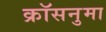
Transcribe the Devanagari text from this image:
क्रॉसनुमा